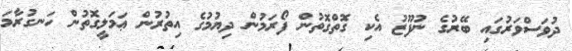
ދުވަސްވަރުގައި ބޭރުގެ ނުފޫޒު އެކި ގޮތްގޮތުން ފޯރަމުން ދިޔުމުގެ އިތުރުން ޢަމަލީގޮތުން ހަނގުރާމަ